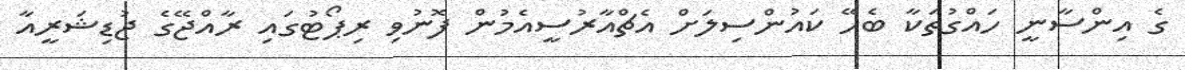
ގެ އިންސާނީ ހައްގުތަކާ ބެހޭ ކައުންސިލަށް އެޗްއާރުސީއެމުން ފޮނުވި ރިޕޯޓުގައި ރާއްޖޭގެ ޖުޑިޝަރީއާ